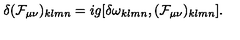
\delta ( { \cal F } _ { \mu \nu } ) _ { k l m n } = i g [ \delta \omega _ { k l m n } , ( { \cal F } _ { \mu \nu } ) _ { k l m n } ] .